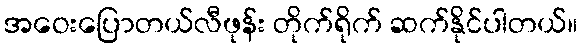
အဝေးပြောတယ်လီဖုန်း တိုက်ရိုက် ဆက်နိုင်ပါတယ်။